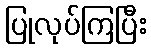
ပြုလုပ်ကြပြီး